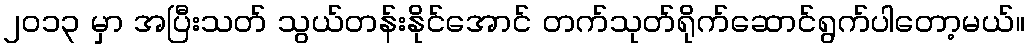
၂၀၁၃ မှာ အပြီးသတ် သွယ်တန်းနိုင်အောင် တက်သုတ်ရိုက်ဆောင်ရွက်ပါတော့မယ်။